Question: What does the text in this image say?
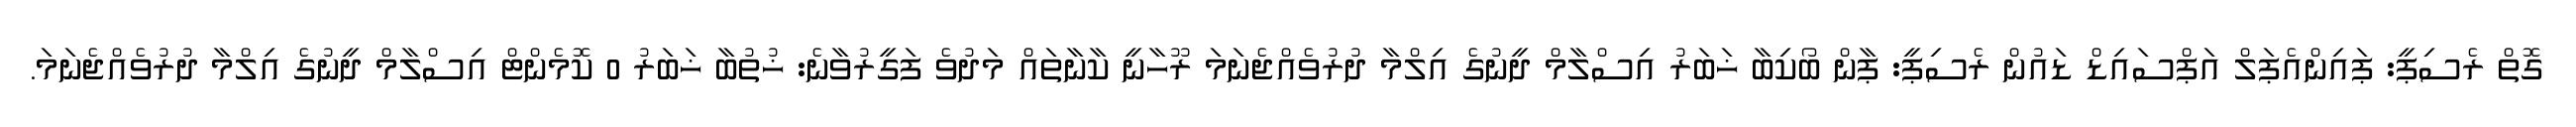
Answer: ގޮތް ރެސިޕީ: ޕައިންއެޕަލް އަޕްސައިޑް ޑައުން ރެސިޕީ: ޕާން ބޯކިބާ ޚަބަރު އިސްލާމް ދީނުގެ އިލްމާ ދުރުވެއްޖެނަމަ ރޫހާނީ ކާނާތައް މަދުވެ ފަގީރުވާނެ: ޚުތުބާ ޚަބަރު 0 ކޮމެންޓް އިސްލާމް ދީނުގެ އިލްމާ ދުރުވެއްޖެނަމަ.